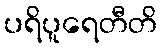
ပရိပူရေတီတိ